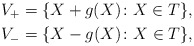
\begin{align*} V_+ & = \{X + g(X) \colon X \in T\},\\ V_- & = \{X - g(X) \colon X \in T\},\end{align*}